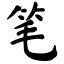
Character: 笔